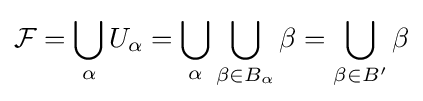
{\mathcal {F}}=\bigcup _{\alpha }U_{\alpha }=\bigcup _{\alpha }\bigcup _{\beta \in B_{\alpha }}\beta =\bigcup _{\beta \in B'}\beta